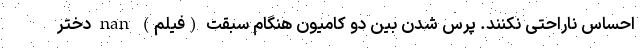
احساس ناراحتی نکنند. پرس شدن بین دو کامیون هنگام سبقت (فیلم) nan دختر